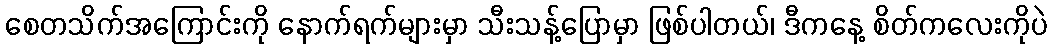
စေတသိက်အကြောင်းကို နောက်ရက်များမှာ သီးသန့်ပြောမှာ ဖြစ်ပါတယ်၊ ဒီကနေ့ စိတ်ကလေးကိုပဲ